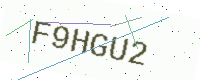
Text: F9HGU2